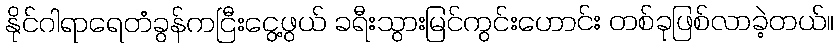
နိုင်ဂါရာရေတံခွန်ကငြီးငွေ့ဖွယ် ခရီးသွားမြင်ကွင်းဟောင်း တစ်ခုဖြစ်လာခဲ့တယ်။